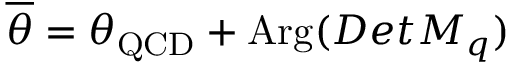
\overline { { { \theta } } } = \theta _ { \mathrm { Q C D } } + \mathrm { A r g } ( D e t M _ { q } )